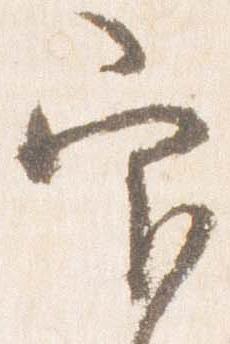
官